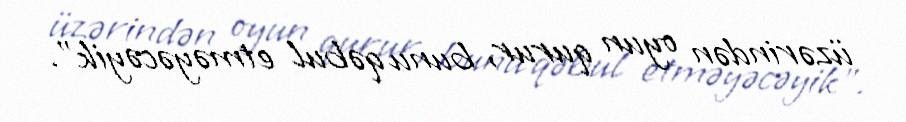
üzərindən oyun qurur, bunu qəbul etməyəcəyik".